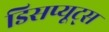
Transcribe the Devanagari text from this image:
डिसप्यूट्स